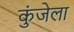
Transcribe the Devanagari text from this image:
कुंजेला